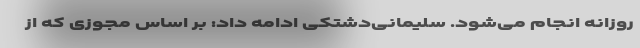
روزانه انجام می‌شود. سلیمانی‌دشتکی ادامه داد: بر اساس مجوزی که از